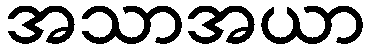
အသာအယာ